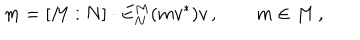
LaTeX: m = [ M : N ] \cdot E _ { N } ^ { M } ( m v ^ { * } ) v \, , \qquad m \in M \, ,